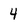
Character: 4